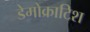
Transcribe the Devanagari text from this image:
डेमोक्राटिश